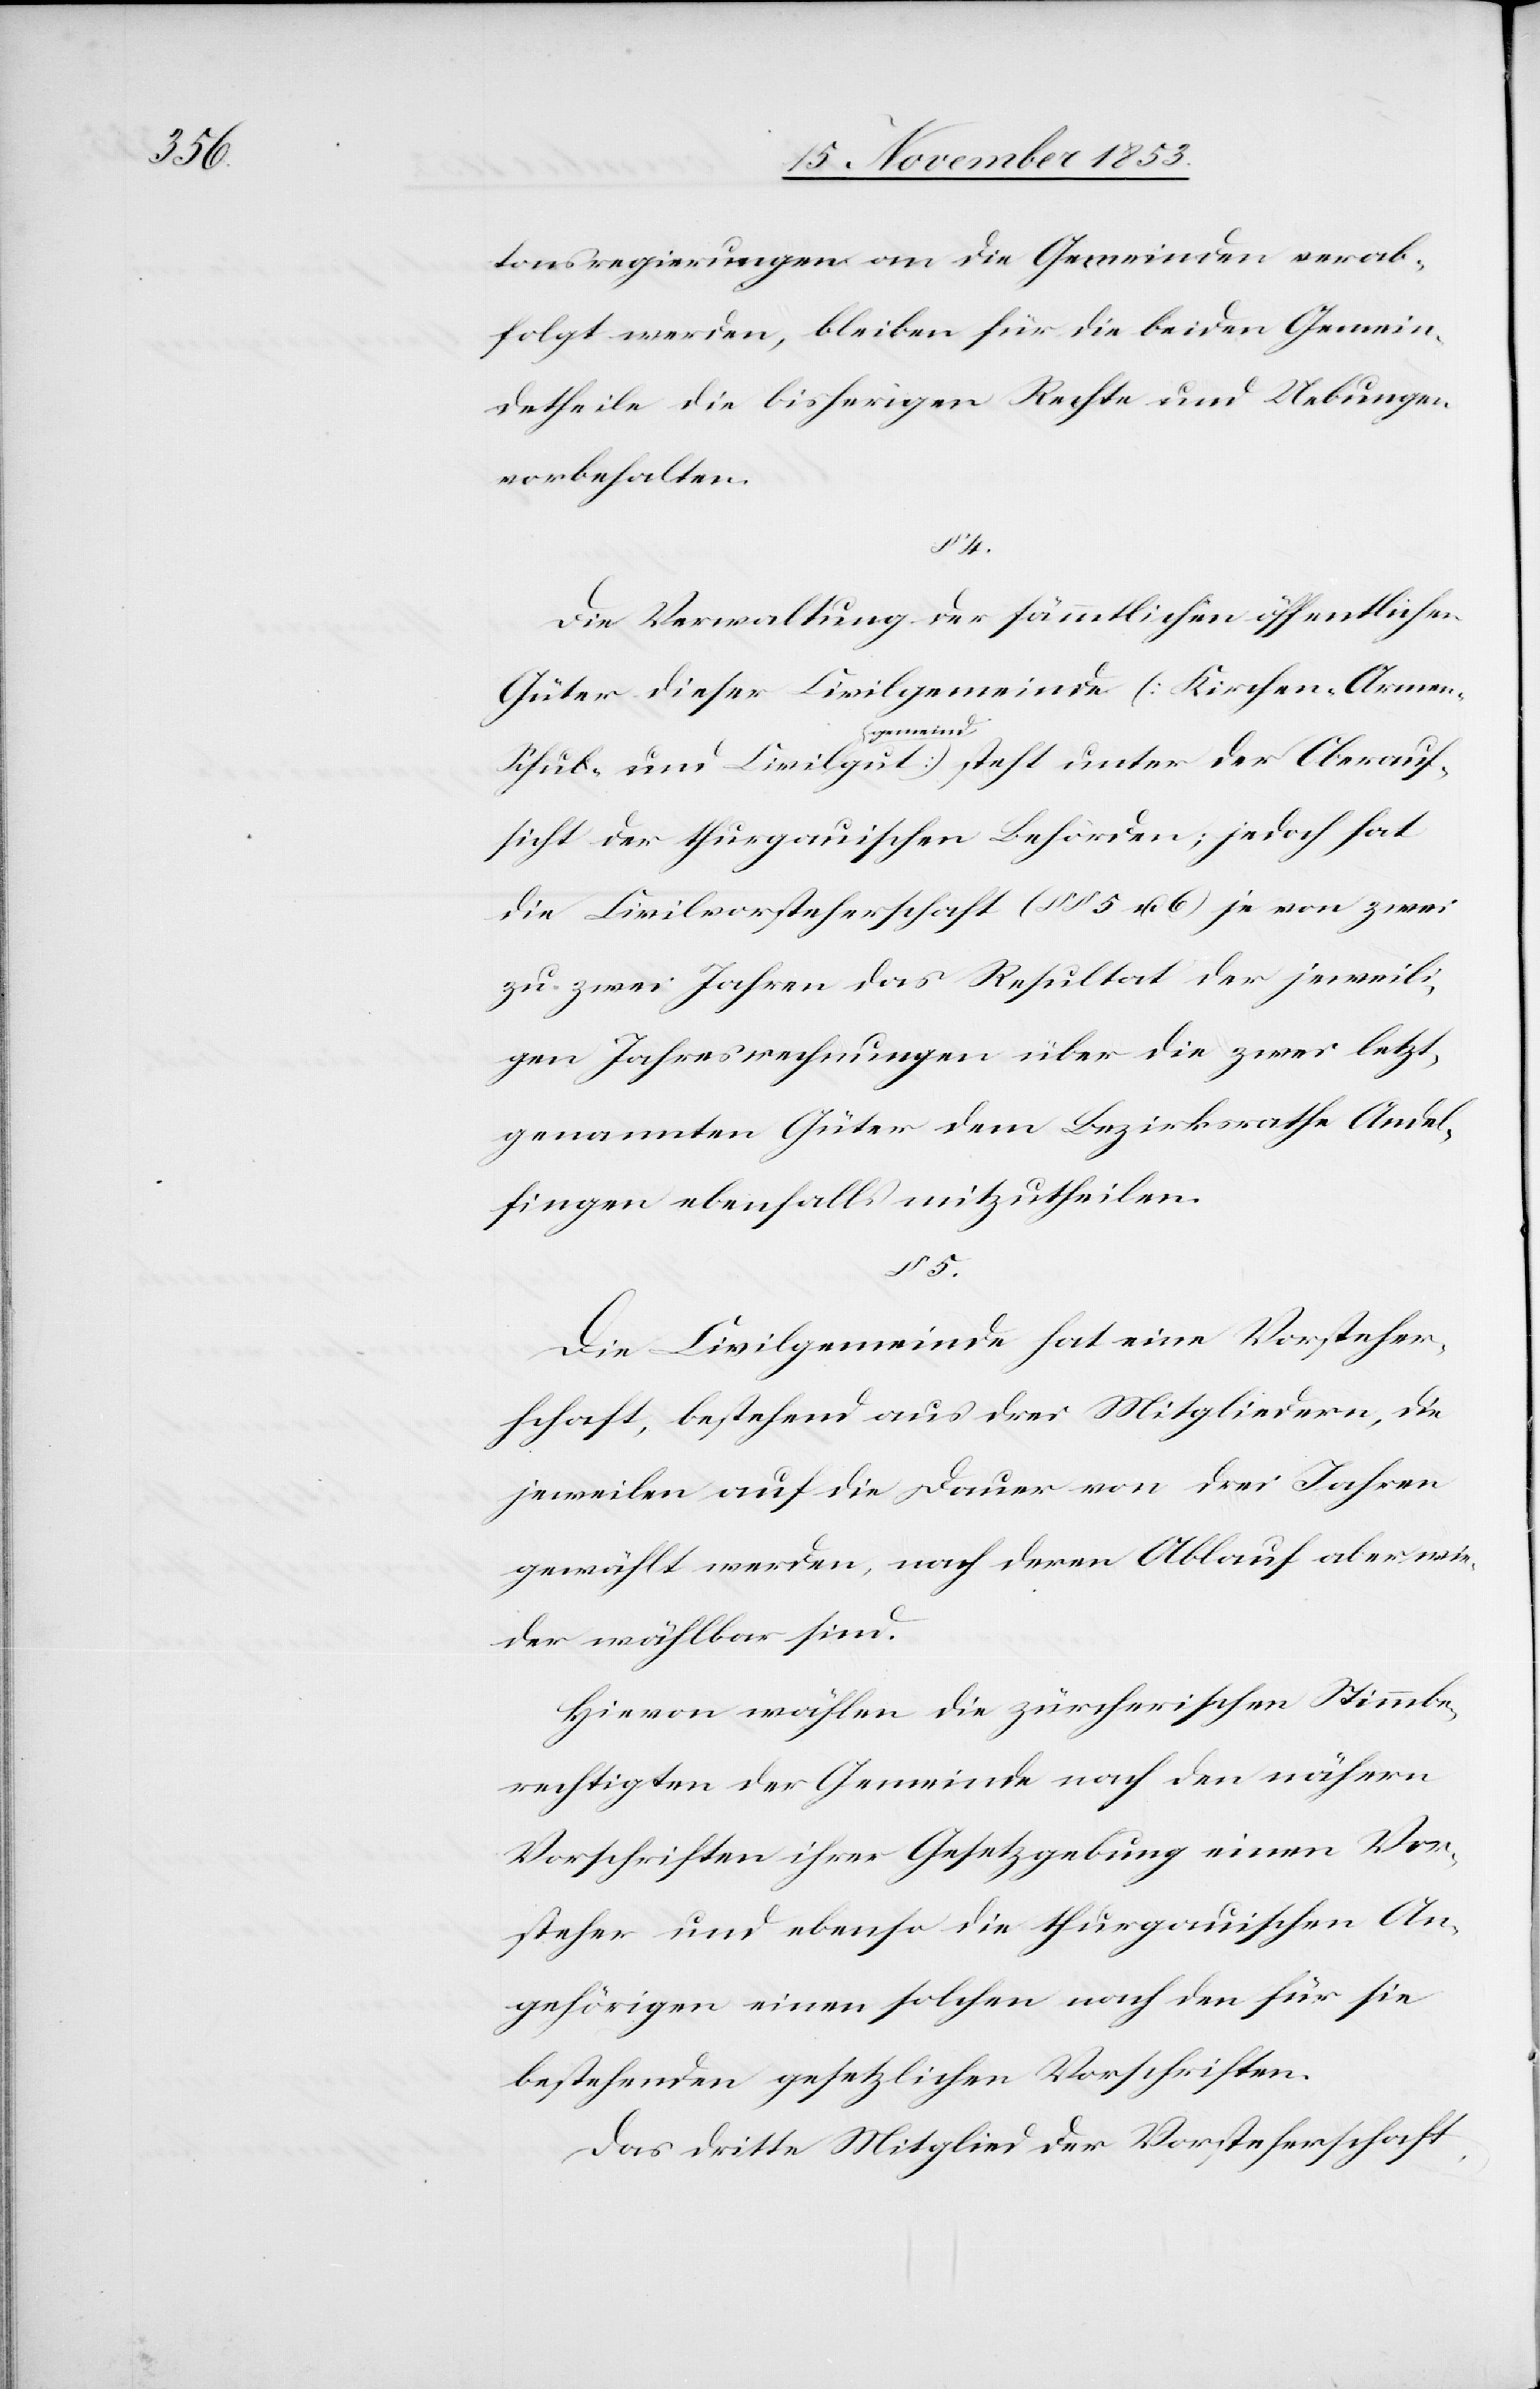
tonsregierungen an die Gemeinden verab¬
folgt werden, bleiben für die beiden Gemein¬
detheile die bisherigen Rechte und Uebungen
vorbehalten.
§ 4.
Die Verwaltung der sämmtlichen öffentlichen
Güter dieser Civilgemeinde [Kirchen- Armen-
Schul- und Civilgemeindgut] steht unter der Oberauf¬
sicht der thurgauischen Behörden; jedoch hat
die Civilvorsteherschaft (§§ 5 u. 6) je von zwei
zu zwei Jahren das Resultat der jeweili¬
gen Jahresrechnungen über die zwei letzt¬
genannten Güter dem Bezirksrathe Andel¬
fingen ebenfalls mitzutheilen.
§ 5.
Die Civilgemeinde hat eine Vorsteher¬
schaft, bestehend aus zwei Mitgliedern, die
jeweilen auf die Dauer von drei Jahren
gewählt werden, nach deren Ablauf aber wie¬
der wählbar sind.
Hievon wählen die zürcherischen Stimmbe¬
rechtigten der Gemeinde nach den nähern
Vorschriften ihrer Gesetzgebung einen Vor¬
steher und ebenso die thurgauischen An¬
gehörigen einen solchen nach den für sie
bestehenden gesetzlichen Vorschriften.
Das dritte Mitglied des Vorsteherschaft